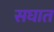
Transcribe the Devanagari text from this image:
सघात